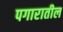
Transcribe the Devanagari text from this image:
पगारातील